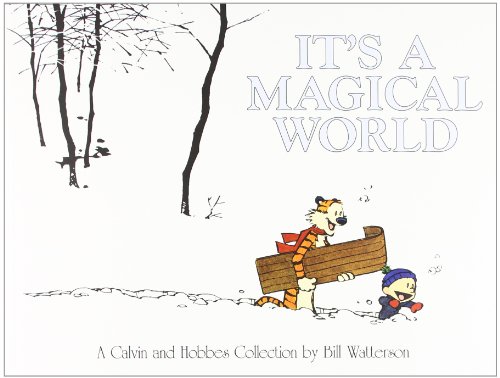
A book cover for It's A Magical World: A Calvin and Hobbes Collection; Bill Watterson; Comics & Graphic Novels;